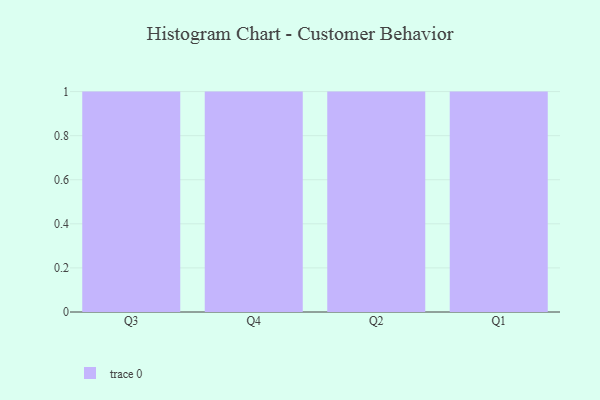
{"axis": {"x": "Quarter", "y": "Headcount"}, "legend": [""], "data": [{"x": "Q3", "y": 67, "type": ""}, {"x": "Q4", "y": 57, "type": ""}, {"x": "Q2", "y": 88, "type": ""}, {"x": "Q1", "y": 79, "type": ""}]}